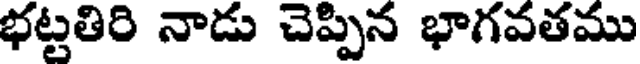
భట్టతిరి నాడు చెప్పిన భాగవతము